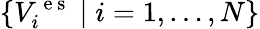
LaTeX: \{ V_{i}^{\mathrm{~e~s~}}\mid i=1,\dots,N\}